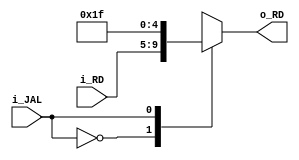
`timescale 1ns / 1ps

module WB_Mux_RegDestino
    #(
        parameter REGS        = 5
    )
    (
        input   wire     [REGS-1       :0]    i_RD,
        input   wire                          i_JAL,
        output  wire     [REGS-1       :0]    o_RD                 
    );

    reg [REGS-1  :0]   to_RD;


    always @(*)
    begin
        case(i_JAL)
            1'b0:   to_RD  <=  i_RD;   
            1'b1:   to_RD  <=  5'b11111; //En JAL se debe guardar el PC+8 en el registro 31
        endcase
    end

    assign  o_RD   =   to_RD;

endmodule